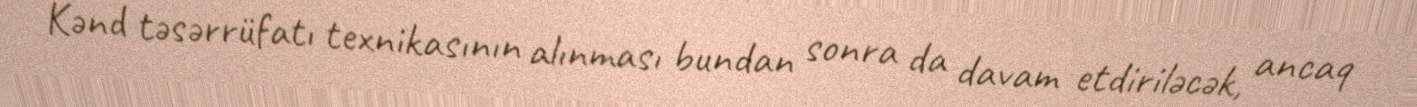
Kənd təsərrüfatı texnikasının alınması bundan sonra da davam etdiriləcək, ancaq